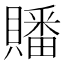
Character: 𮚤